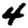
Digit: 4